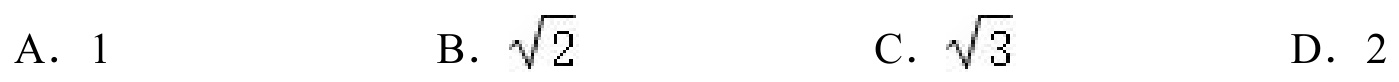
A. \(1\)
B. \(\sqrt{2}\)
C. \(\sqrt{3}\)
D. \(2\)